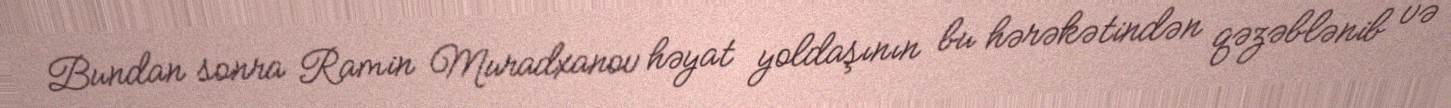
Bundan sonra Ramin Muradxanov həyat yoldaşının bu hərəkətindən qəzəblənib və